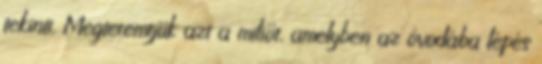
tekinti. Megteremtjük azt a miliőt, amelyben az óvodába lépés